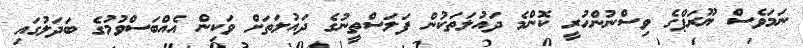
ނަމަވެސް ޔޫރަޕްގެ ވިސްނުންހުރީ ކޮންމެ ދައުލަތަކުން ފަލަސްތީނުގެ ދައުލަތަށް ވަކިން އެއްބަސްވުމުގެ ބަދަލުގައި